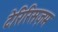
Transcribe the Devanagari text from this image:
टेरिरिसज़म